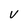
Character: V